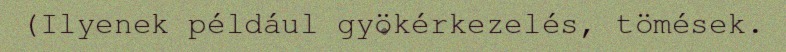
(Ilyenek például gyökérkezelés, tömések.